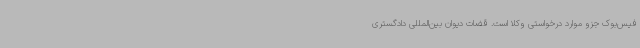
فیس‌بوک جزو موارد درخواستی وکلا است. قضات دیوان بین‌المللی دادگستری